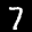
Label: 7